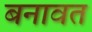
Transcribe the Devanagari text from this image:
बनावत